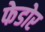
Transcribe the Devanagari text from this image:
फेडोर